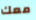
معك